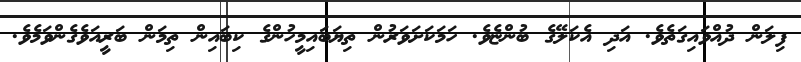
ފިލަން ދުއްވައިގަތެވެ. އަދި އެކަލޭގެ ބުންޏެވެ. ހަމަކަށަވަރުން ތިޔަބައިމީހުންގެ ކިބައިން ތިމަން ބަރީއަވެގެންވަމެވެ.